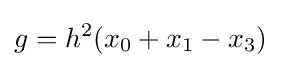
g=h^{2}(x_{0}+x_{1}-x_{3})